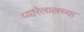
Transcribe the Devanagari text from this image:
प्यारेलालच्या